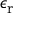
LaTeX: \epsilon _ { \mathrm { r } }